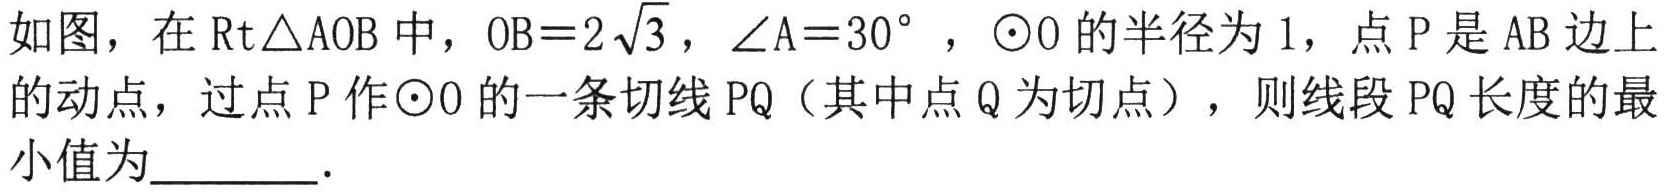
如图，在\(\text{Rt}\triangle\text{AOB}\)中，\(\text{OB}=2\sqrt{3}\)，\(\angle\text{A}=30^{\circ}\)，\(\odot\text{O}\)的半径为\(1\)，点\(\text{P}\)是\(\text{AB}\)边上的动点，过点\(\text{P}\)作\(\odot\text{O}\)的一条切线\(\text{PQ}\)（其中点\(\text{Q}\)为切点），则线段\(\text{PQ}\)长度的最小值为\(\underline{\quad\quad}\).